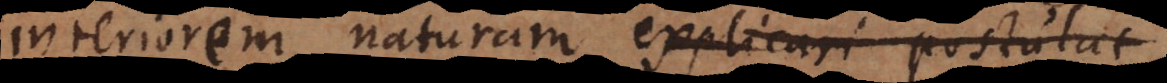
interiorem naturam explicari postulat